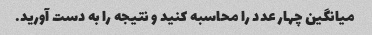
میانگین چهار عدد را محاسبه کنید و نتیجه را به دست آورید.